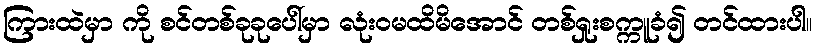
ကြားထဲမှာ ကို စင်တစ်ခုခုပေါ်မှာ လုံးဝမထိမိအောင် တစ်ရှုးစက္ကူခံ၍ တင်ထားပါ။